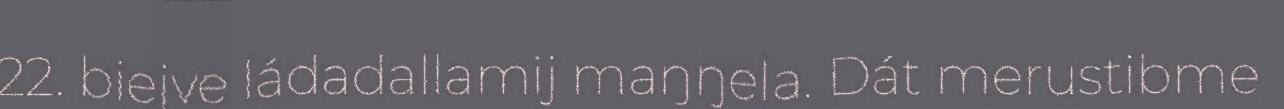
22. biejve ládadallamij maŋŋela. Dát merustibme